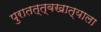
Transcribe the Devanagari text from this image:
पुरातत्त्वखात्याला